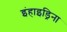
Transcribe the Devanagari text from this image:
इंहाइड्रिना